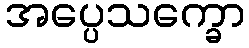
အပ္ပေသက္ခော